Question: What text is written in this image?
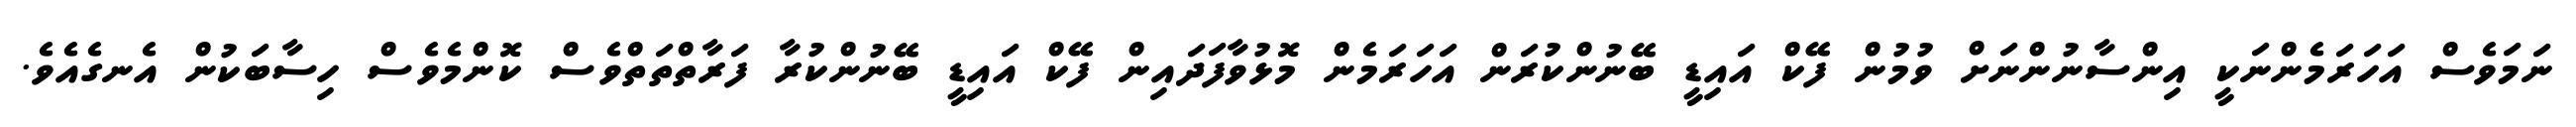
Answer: ނަމަވެސް އަހަރަމެންނަކީ އިންސާނުންނަށް ވުމުން ފޭކް އައިޑީ ބޭނުންކުރަން އަހަރަމެން މޮޅުވާފަދައިން ފޭކް އައިޑީ ބޭނުންކުރާ ފަރާތްތަތްވެސް ކޮންމެވެސް ހިސާބަކުން އެނގެއެވެ.